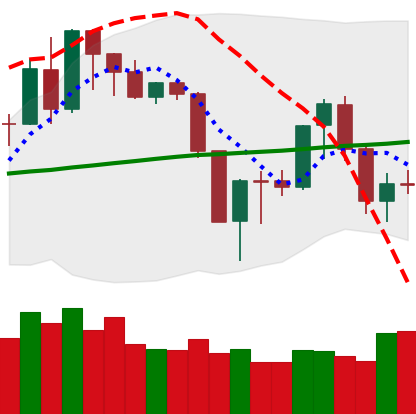
Ticker: XMR-USD
Chart end date: 2019-08-23
Forward return: -11.93%
Label: down_7plus